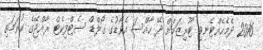
2016 ދެމެހެއްޓެނިވި ޓޫރިޒަމަށް ދޭ ހާއްސަ އެވޯޑުގެ ގޯލްޑް ސެޓްފިކެޓް ރާއްޖޭގެ ކުރަމަތި